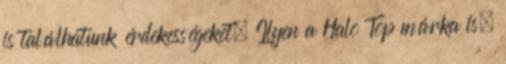
is találhatunk érdekességeket. Ilyen a Halo Top márka is,